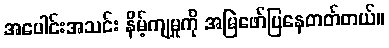
အပေါင်းအသင်း နိမ့်ကျမှုကို အမြဲဖော်ပြနေတတ်တယ်။